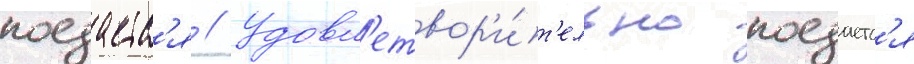
поедаетс'я // Удовл'етвор'и́т'ельно поедаетс'я